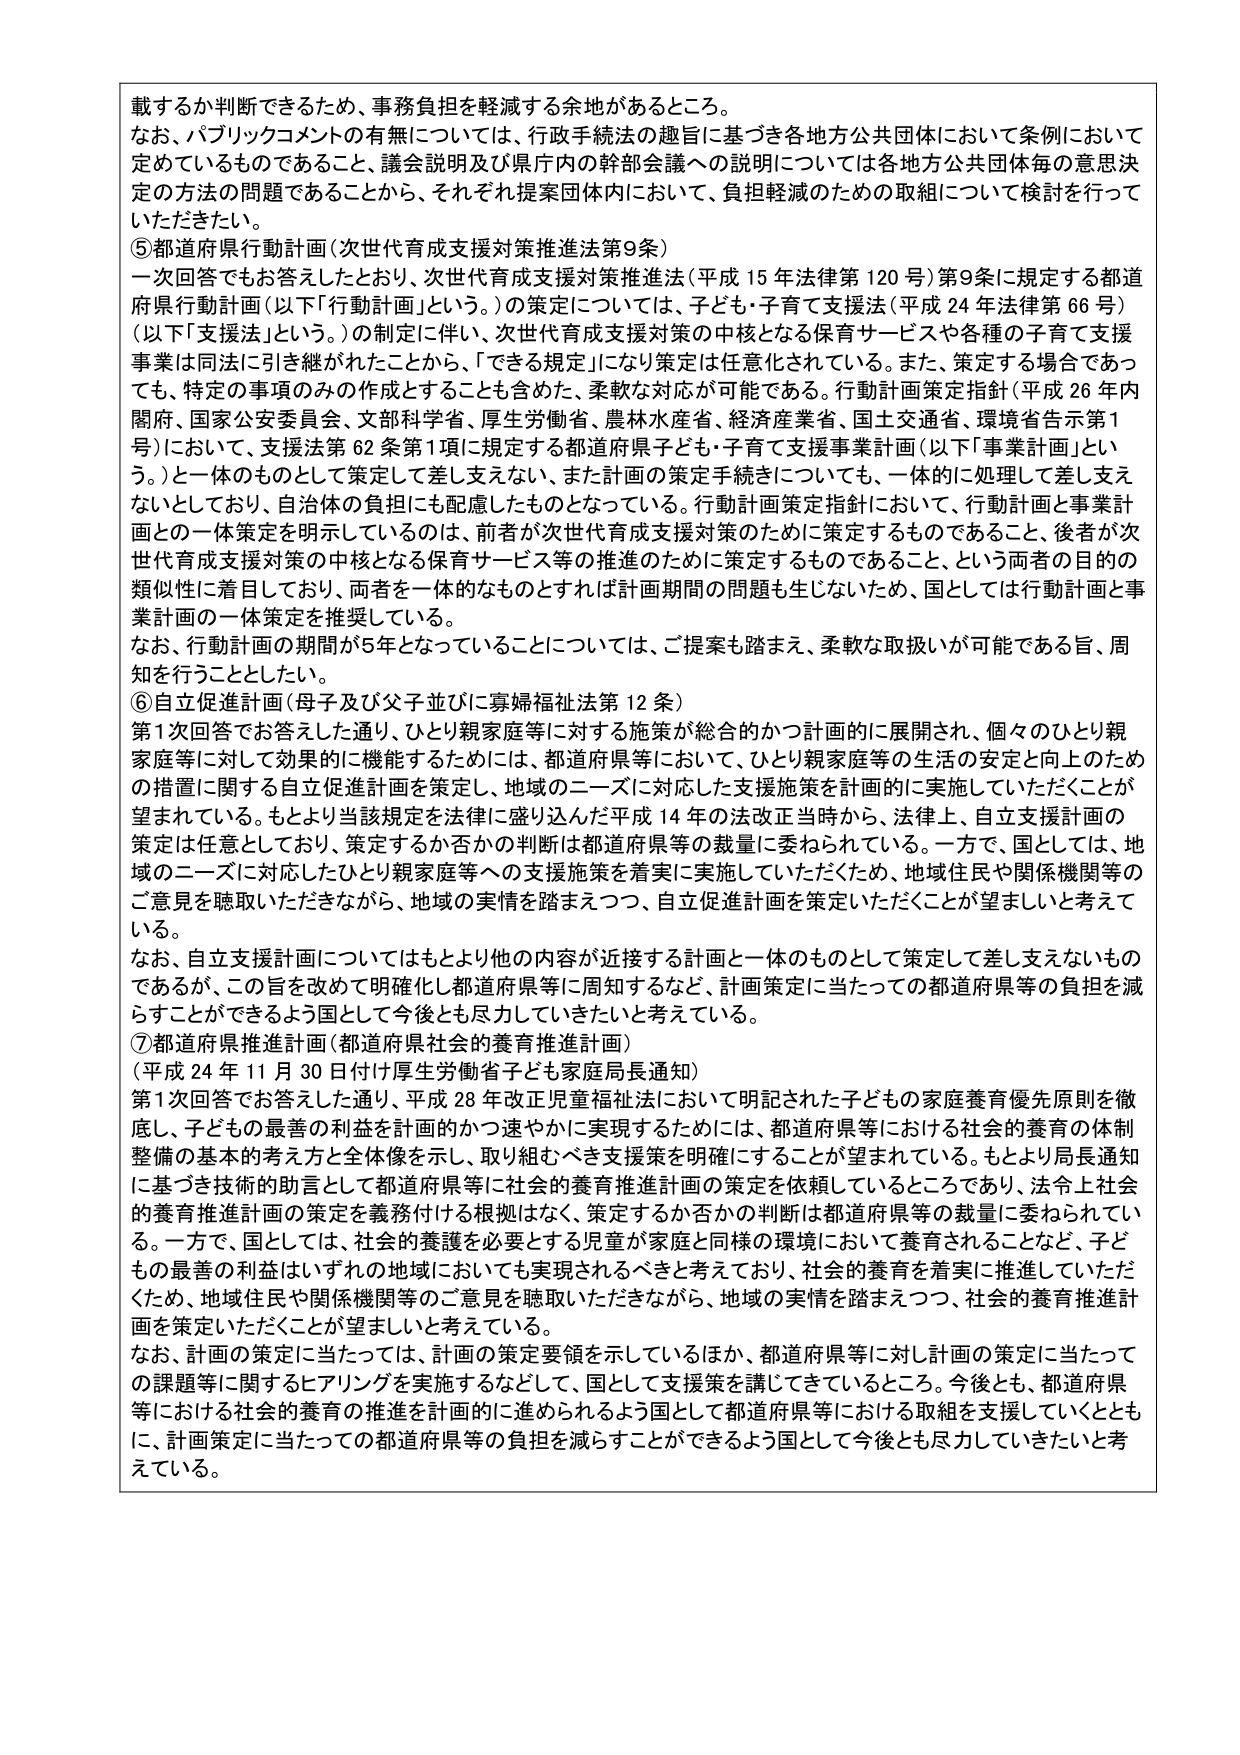
載するか判断できるため、事務負担を軽減する余地があるところ。

なお、パブリックコメントの有無については、行政手続法の趣旨に基づき各地方公共団体において条例において定めているものであること、議会説明及び県庁内の幹部会議への説明については各地方公共団体毎の意思決定の方法の問題であることから、それぞれ提案団体内において、負担軽減のための取組について検討を行っていただきたい。

⑤都道府県行動計画（次世代育成支援対策推進法第9条）

一次回答でもお答えしたとおり、次世代育成支援対策推進法（平成15年法律第120号）第9条に規定する都道府県行動計画（以下「行動計画」という。）の策定については、子ども・子育て支援法（平成24年法律第66号）（以下「支援法」という。）の制定に伴い、次世代育成支援対策の中核となる保育サービスや各種の子育て支援事業は同法に引き継がれたことから、「できる規定」になり策定は任意化されている。また、策定する場合であっても、特定の事項のみの作成とすることも含めた、柔軟な対応が可能である。行動計画策定指針（平成26年内閣府、国家公安委員会、文部科学省、厚生労働省、農林水産省、経済産業省、国土交通省、環境省告示第1号）において、支援法第62条第1項に規定する都道府県子ども・子育て支援事業計画（以下「事業計画」という。）一体のものとして策定して差し支えない、また計画の策定手続きについても、一体的に処理して差し支えないとしており、自治体の負担にも配慮したものとなっている。行動計画策定指針において、行動計画と事業計画との一体策定を明示しているのは、前者が次世代育成支援対策のために策定するものであること、後者が次世代育成支援対策の中核となる保育サービス等の推進のために策定するものであること、という両者の目的の類似性に着目しており、両者を一体的なものとすれば計画期間の問題も生じないため、国としては行動計画と事業計画の一体策定を推奨している。

なお、行動計画の期間が5年となっていることについては、ご提案も踏まえ、柔軟な取扱いが可能である旨、周知を行うこととしたい。

⑥自立促進計画（母子及び父子並びに寡婦福祉法第12条）

第1次回答でお答えした通り、ひとり親家庭等に対する施策が総合的かつ計画的に展開され、個々のひとり親家庭等に対して効果的に機能するためには、都道府県等において、ひとり親家庭等の生活の安定と向上のための措置に関する自立促進計画を策定し、地域のニーズに対応した支援施策を計画的に実施していただくことが望まれている。もとより当該規定を法律に盛り込んだ平成14年の法改正当時から、法律上、自立支援計画の策定は任意としており、策定するか否かの判断は都道府県等の裁量に委ねられている。一方で、国としては、地域のニーズに対応したひとり親家庭等への支援施策を着実に実施していただくため、地域住民や関係機関等のご意見を聴取いただきながら、地域の実情を踏まえつつ、自立促進計画を策定いただくことが望ましいと考えている。

なお、自立支援計画についてはもとより他の内容が近接する計画と一体のものとして策定して差し支えないものであるが、この旨を改めて明確化し都道府県等に周知するなど、計画策定に当たっての都道府県等の負担を減らすことができるよう国として今後とも尽力していきたいと考えている。

⑦都道府県推進計画（都道府県社会的養育推進計画）

（平成24年11月30日付け厚生労働省子ども家庭局長通知）

第1次回答でお答えした通り、平成28年改正児童福祉法において明記された子どもの家庭養育優先原則を徹底し、子どもの最善の利益を計画的かつ速やかに実現するためには、都道府県等における社会的養育の体制整備の基本的考え方と全体像を示し、取り組むべき支援策を明確することが望まれている。もとより局長通知に基づき技術的助言として都道府県等に社会的養育推進計画の策定を依頼しているところであり、法令上社会的養育推進計画の策定は義務付けの根拠はなく、策定するか否かの判断は都道府県等の裁量に委ねられている。一方で、国としては、社会的養護を必要とする児童が家庭と同様の環境において養育されることなど、子どもの最善の利益はいずれの地域においても実現されるべきと考えており、社会的養育を着実に推進していただくため、地域住民や関係機関等のご意見を聴取いただきながら、地域の実情を踏まえつつ、社会的養育推進計画を策定いただくことが望ましいと考えている。

なお、計画の策定に当たっては、計画の策定要領を示しているほか、都道府県等に対し計画の策定に当たっての課題等に関するヒアリングを実施するなどして、国として支援策を講じているところ。今後とも、都道府県等における社会的養育の推進を計画的に進められるよう国として都道府県等における取組を支援していくとともに、計画策定に当たっての都道府県等の負担を減らすことができるよう国として今後とも尽力していきたいと考えている。